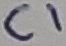
Text: C1